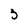
Character: 3